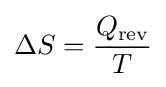
\Delta S={\frac {Q_{\text{rev}}}{T}}